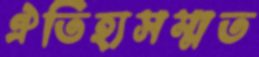
ঐতিহ্যসম্মত